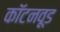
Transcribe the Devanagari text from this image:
कॉटनवूड